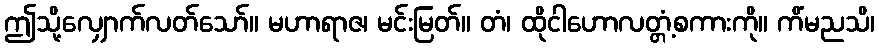
ဤသို့လျှောက်လတ်သော်။ မဟာရာဇ၊ မင်းမြတ်။ တံ၊ ထိုငါဟောလတ္တံ့စကားကို။ ကိံမညသိ၊